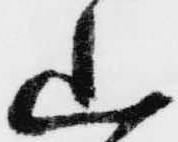
山